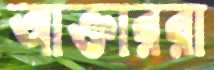
আক্তাররা